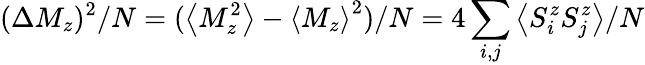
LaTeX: (\Delta M_{z})^{2}/N=(\left<M_{z}^{2}\right>-\left<M_{z}\right>^{2})/N=4\sum_{i,j}\left\langle S_{i}^{z}S_{j}^{z}\right\rangle/N